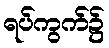
ရပ်ကွက်၌